Scottish Certificate of Education, 1962
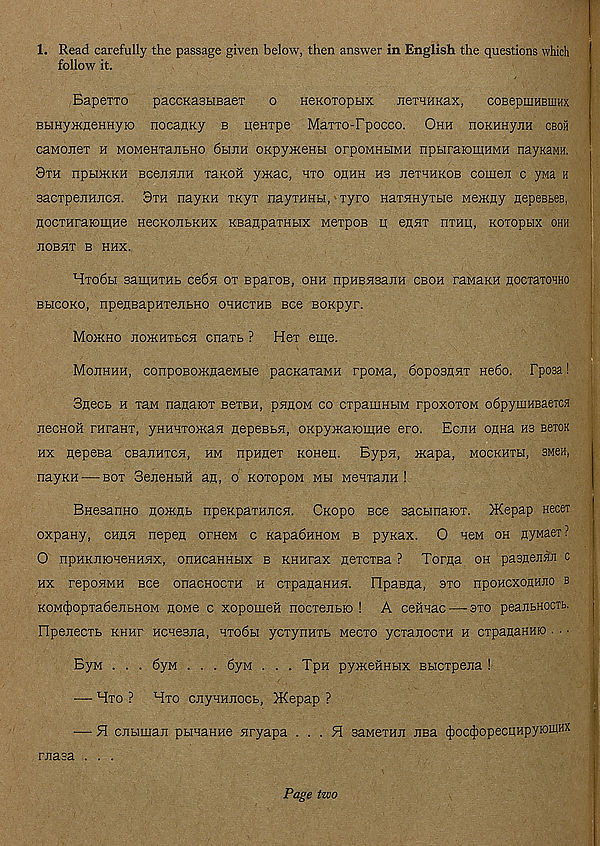
1. Read carefully the passage given below, then answer in English the questions which
follow it.
BapeiTo
paccKasHBaeT
o
HeKoxopbix
neTHHKax,
coBepmHBmux
BbmyxtneHHyio nocanKy b uem-pe MaTTO-Fpocco. Ohh noKHHyjiH cboh
caMOnei h MOMeHxajibHO 6hum OKpy>KeHbi orpOMHbiMH npuraiomHMH nayKaMH.
9th npbixtKH BcenHJiH TaKOH ymac, hto oahh hb jteTHHKOB comeii c ym h
BacTpejiHJicH. 9th naynn TKyx nayTHHbi, Tyro HaTHHyTbie Mextgy gepeBbeB,
HOCTHraioiHHe necKOJibKHx KBanpaTHbix MexpoB u; egHT hthh, Koxopbix ohh
JIOBHT B HHX.
HTo6bi saipHTHb ce6H ot BparoB, ohh npHEHsann cboh raMaKH HocxaTOHHO
bhcoko, npegBapHTeiibHO ohhcthb bcc Bonpyr.
Moxkho JioHtHTbCH cnaxb ? Hex eme.
Mojihhh, conpoBOXKnaeMbie pacKaxaMH rpona, doposnHT He6o. Fposa!
Snecb h xaM nanaioT boteh, phhom co cxpamHbiM rpoxoxoM oSpymHBaexcH
jiecHOH rnraHT, yHHHxoxtaH nepeBbH, onpyrnaiomHe ero. Echh onna hb bbtok
hx flepeBa cBaunxcH, hm npHHex kohoh. Bypn, xcapa, mockhth, smbh,
nayKH—^bot SejieHbiH an, o kotopom mbi MeHxajiH !
BneBanHo nomnb npeKpaxHticH. Cxopo bcc BacbinaioT. >Kepap Hecer
oxpany, chhh nepen orneM c Kapa6HHOM b pyxax. 0 hbm oh nyMaex ?
O npHKJHoneHHHx, onncaHHbix b KHHrax nexcxBa ? Torna oh paBneiiHJi c
hx repoHMH Bee onacHoexH h cxpanaHHH. HpaBna, oxo npoHCXOHH.no b
KOM4)opxa6ejibHOM homc c xopomeH nocxenbio ! A ceiiHac—-axo peanbHOCTb.
FlpenecTb khhf HCHesna, Hxo6bi ycxynHXb wecxo ycxanocxH h cxpanaHHio . . •
ByM . . . 6yu . . . 6yu . . . Tpn pyxcefinbix Bbicxpena !
— Hxo ? Hto cnyHHnocb, >Kepap ?
— H cjibimaji pbinaHHe nryapa . . . H saMexHu jibh ^oc^opecnHpyiofflHX
rnasa . . .
Page two